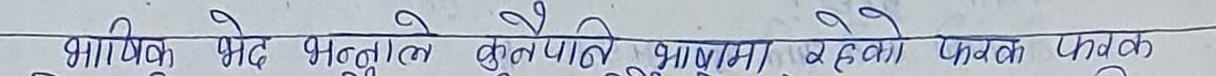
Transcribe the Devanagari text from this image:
भाषिक भेद भिन्नताले कुल नेपाली भाशामा फरक पर्छ।